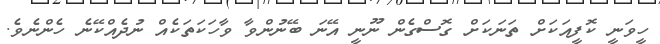
ހީވަނީ ކޮފީއަކަށް ތަނަކަށް ގޮސްގެން ނޫނީ އޭނަ ބޭނުންވާ ވާހަކަތަކެއް ނުދެއްކޭނެ ހެންނެވެ.